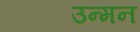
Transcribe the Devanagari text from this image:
उन्मन